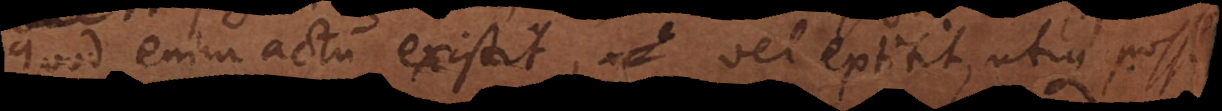
quod enim actu existit, vel extitit, id utique possibile